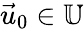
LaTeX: \vec{u}_{0}\in\mathbb{U}